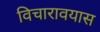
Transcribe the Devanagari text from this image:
विचारावयास